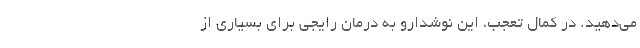
می‌دهید. در کمال تعجب، این نوشدارو به درمان رایجی برای بسیاری از